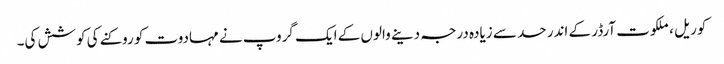
کوریل ، ملکوت آرڈر کے اندر حد سے زیادہ درجہ دینے والوں کے ایک گروپ نے مہادوت کو روکنے کی کوشش کی۔